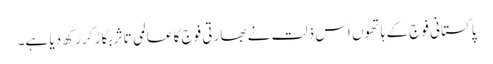
پاکستانی فوج کے ہاتھوں اس ذلت نے بھارتی فوج کا عالمی تاثر بگاڑ کر رکھ دیا ہے۔